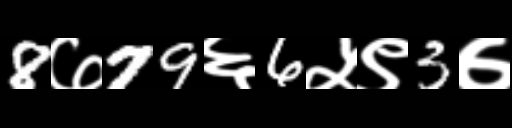
Text: 8७79६6५९3७